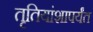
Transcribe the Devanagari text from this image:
तृतियांशापर्यंत